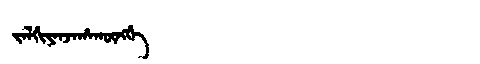
Manchu: ᠵᠠᠯᡤᡳᠶᠠᠨᠵᠠᡥᠠᡴᡡᠩᡤᡝ
Romanization: JALGIYANJAHAKŪNGGE